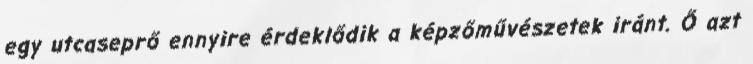
egy utcaseprő ennyire érdeklődik a képzőművészetek iránt. Ő azt